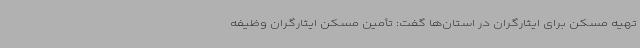
تهیه مسکن برای ایثارگران در استان‌ها گفت: تأمین مسکن ایثارگران وظیفه